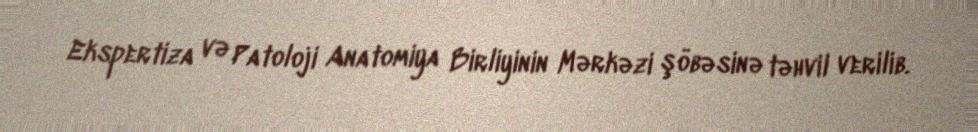
Ekspertiza və Patoloji Anatomiya Birliyinin Mərkəzi şöbəsinə təhvil verilib.